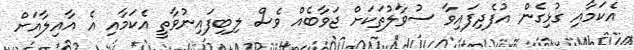
އެކަމާއި ގުޅިގެން އުފެދިފައިވާ ސުވާލުތަކަށް ޖަވާބެއް ވެސް ލިބިފައިނުވާތީ އެކަމާއި އެ އާއިލާއަށް